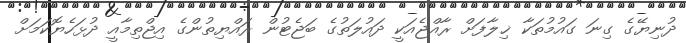
ދުނިޔޭގެ ގިނަ ގައުމުތަކާ ޚިލާފަށް ރާއްޖެއަކީ ދައުލަތުގެ ބަޖެޓުން ރައްޔިތުންގެ އިޖްތިމާއީ ދުޅަހެޔޮކަމަށް